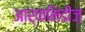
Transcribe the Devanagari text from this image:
आर्कमिडीज़